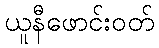
ယူနီဖောင်းဝတ်